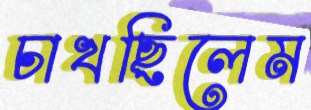
চাখছিলেম